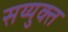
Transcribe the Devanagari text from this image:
सय्युक्त